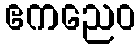
ဧကညေဝ